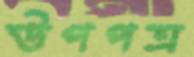
উপপত্র